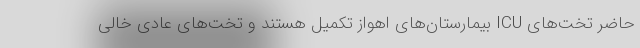
حاضر تخت‌های ICU بیمارستان‌های اهواز تکمیل هستند و تخت‌های عادی خالی